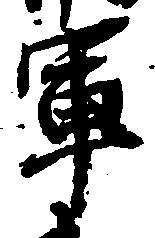
軍